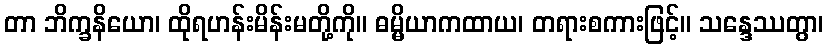
တာ ဘိက္ခနိယော၊ ထိုရဟန်းမိန်းမတို့ကို။ ဓမ္မိယာကထာယ၊ တရားစကားဖြင့်။ သန္ဒေဿတွာ၊